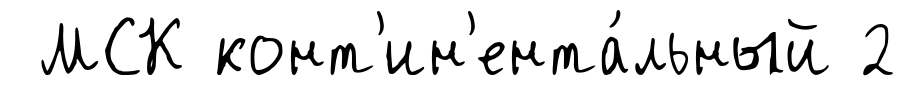
МСК конт'ин'ента́льный 2